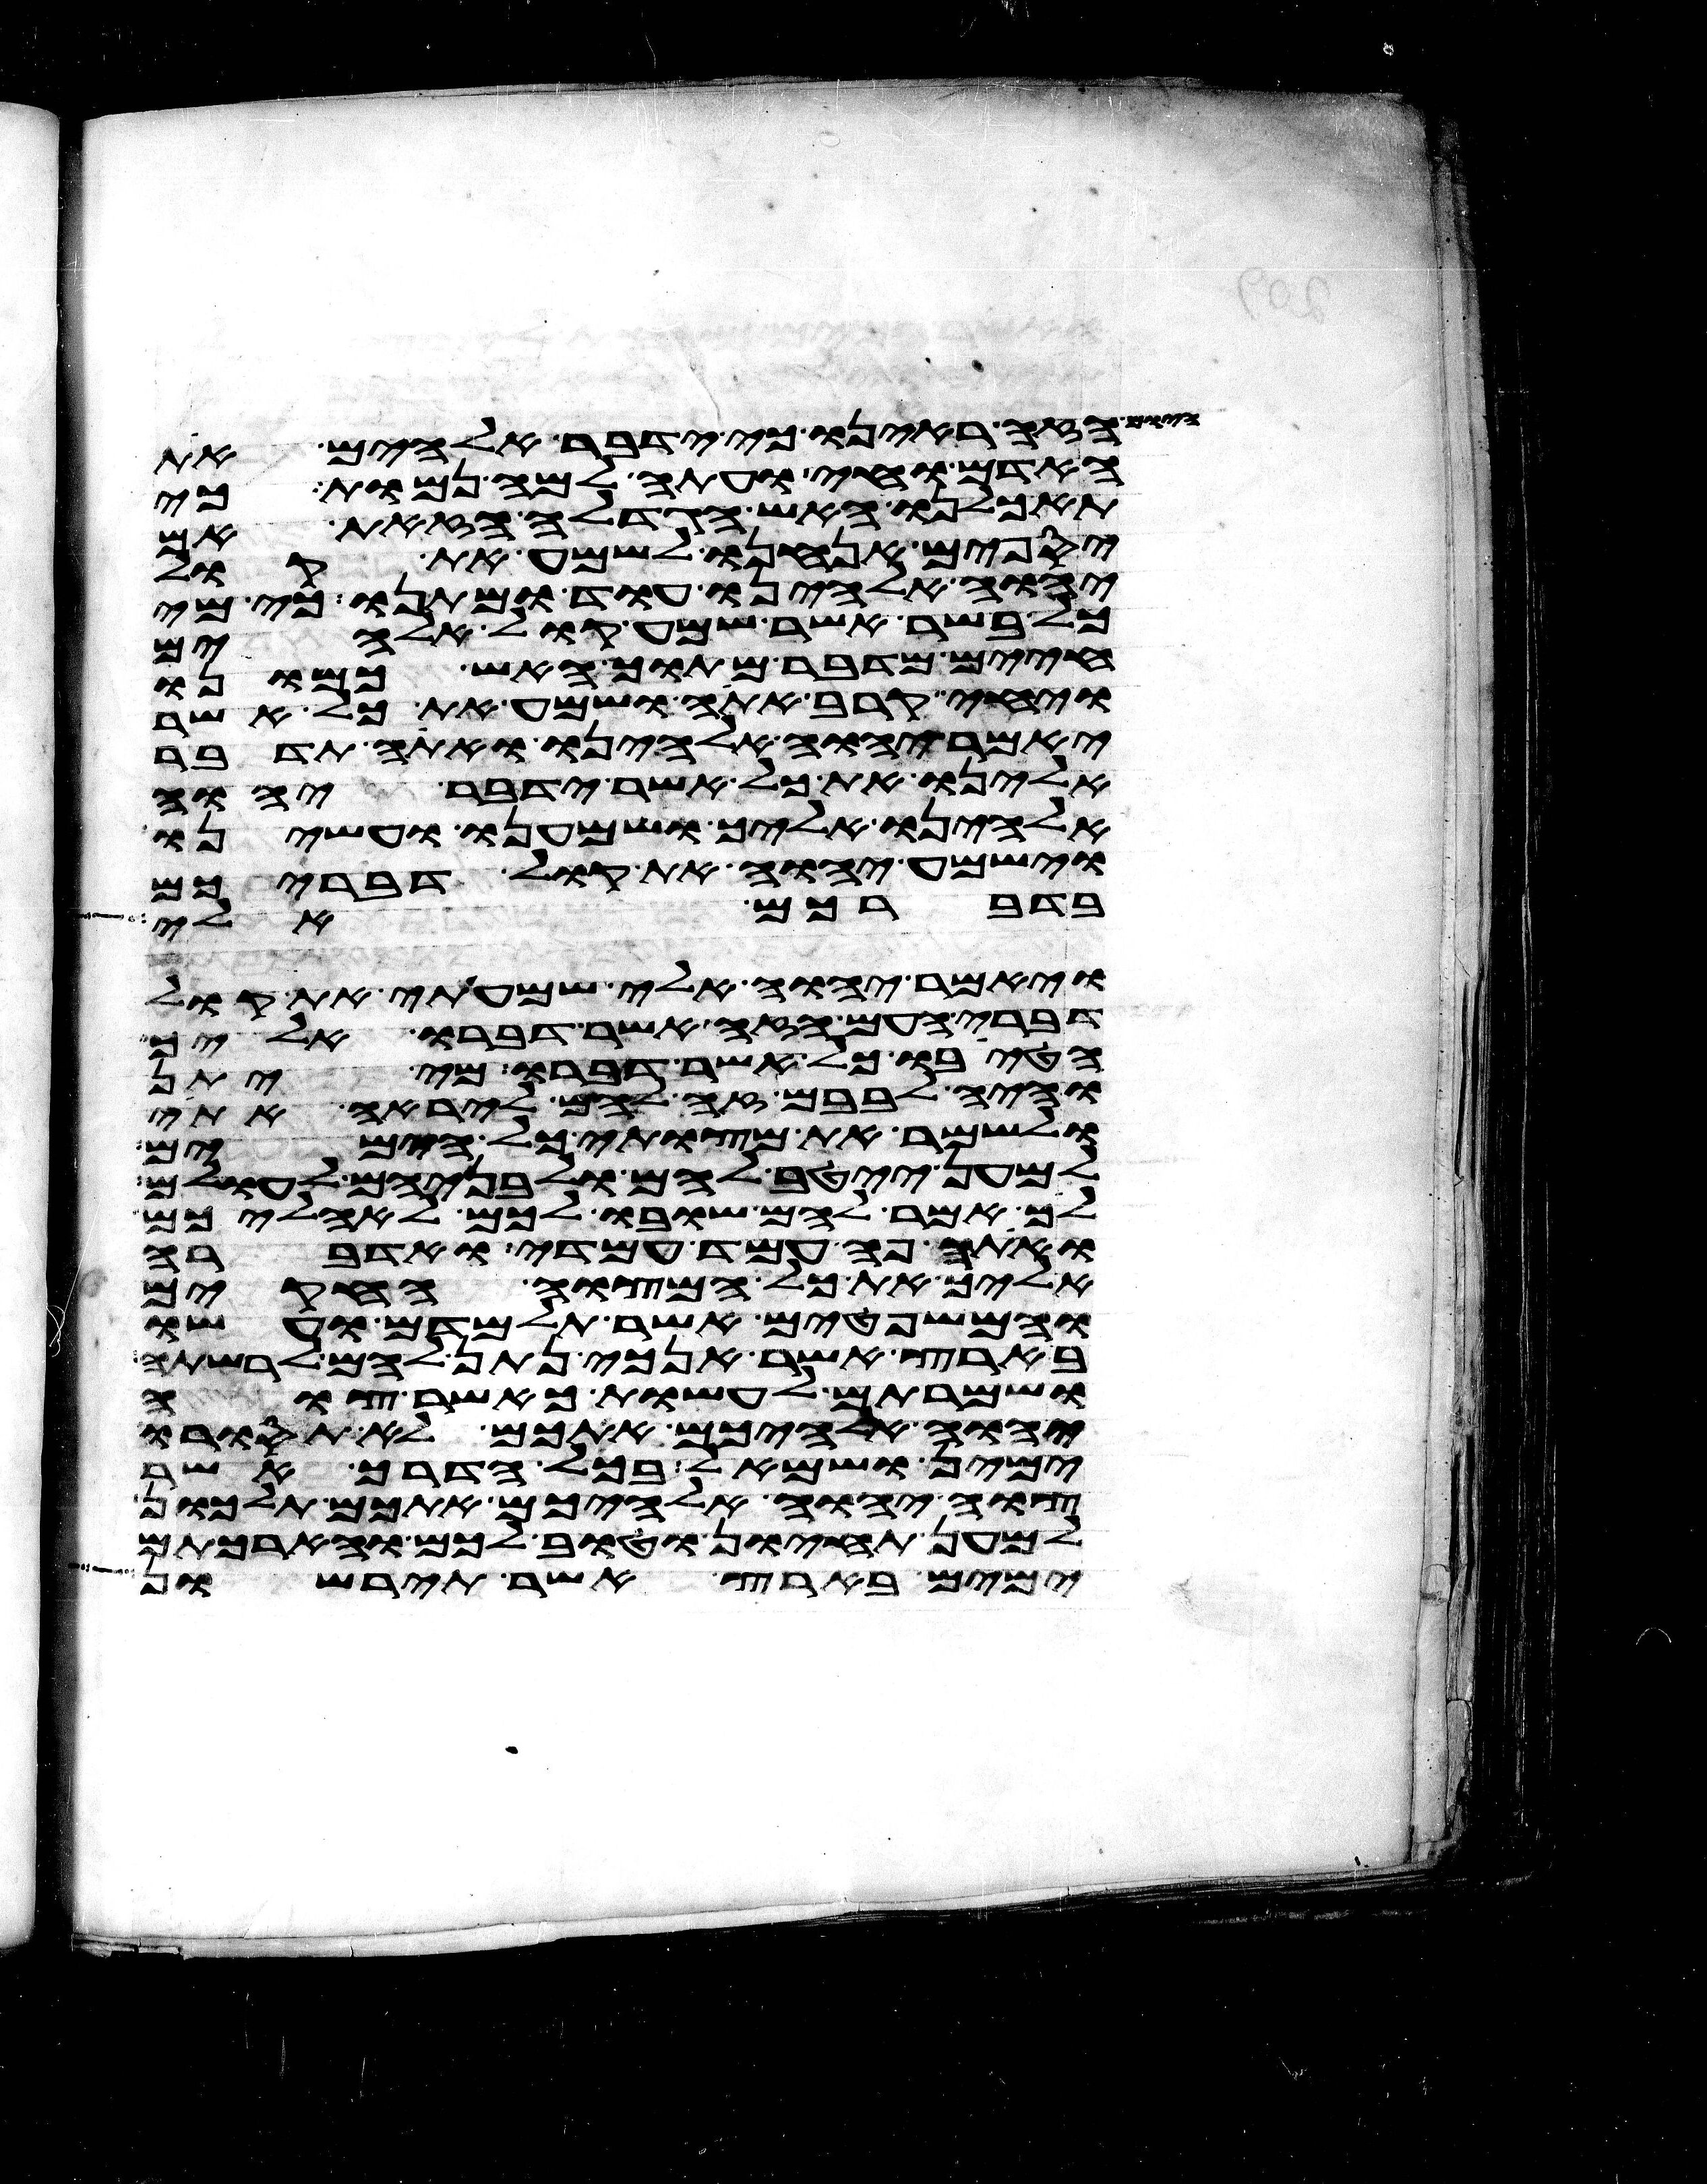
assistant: הזה ראינו כי ידבר אלהים את
האדם וחי ועתה למה נמות כי
תאכלנו האש הגדלה הזאת אם
יספים אנחנו לשמע את קול
יהוה אלהינו עוד ומתנו כי מי
כל בשר אשר שמע קול אלהים
חיים מדבר מתוך האש כמונו
ויחי קרב אתה ושמע את כל אשר
יאמר יהוה אלהינו ואתה תדבר
אלינו את כל אשר ידבר יהוה
אלהינו אליך ושמענו ועשינו
וישמע יהוה את קול דבריכם
בדברכם אלי
ויאמר יהוה אלי שמעתי את קול
דברי העם הזה אשר דברו אליך
הטיבו כל אשר דברו מי יתן
והיה לבבם זה להם ליראה אתי
ולשמר את מצותי כל הימים
למען ייטב להם ולבניהם לעולם
לך אמר להם שובו לכם לאהליכם
ואתה פה עמד עמדי ואדברה
אליך את כל המצוה החקים
והמשפטים אשר תלמדם ועשו
בארץ אשר אנכי נתן להם לרשתה
ושמרתם לעשות כאשר צוה
יהוה אלהיכם אתכם לא תסורו
ימין ושמאל בכל הדרך אשר
צוה יהוה אלהיכם אתכם תלכון
למען תחיון וטוב לכם והארכתם
ימים בארץ אשר תירשון